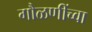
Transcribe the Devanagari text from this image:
गौळणींच्वा